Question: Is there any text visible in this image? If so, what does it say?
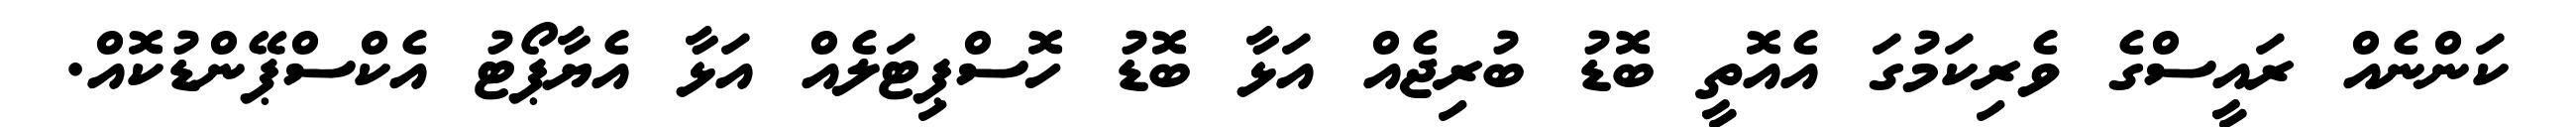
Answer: ކަންނެއް ރައީސްގެ ވެރިކަމުގަ އެއޮތީ ބޮޑު ބުރިޖެއް އަޅާ ބޮޑު ހޮސްޕިޓަލެއް އަޅާ އެޔާޕޯޓު އެކްސްޕޭންޑުކޮއް.